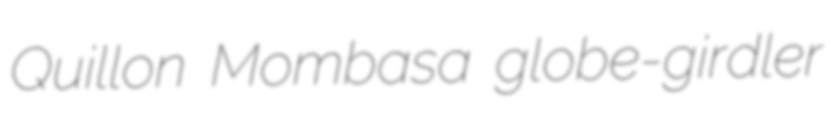
Quillon Mombasa globe-girdler